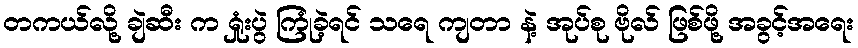
တကယ်လို့ ချဲဆီး က ရှုံးပွဲ ကြုံခဲ့ရင် သရေ ကျတာ နဲ့ အုပ်စု ဗိုလ် ဖြစ်ဖို့ အခွင့်အရေး